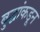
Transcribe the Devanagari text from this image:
बुद्धांकडून